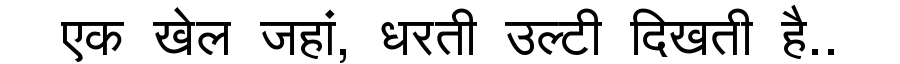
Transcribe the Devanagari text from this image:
एक खेल जहां, धरती उल्टी दिखती है..